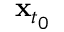
\mathbf { x } _ { t _ { 0 } }